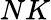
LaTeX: NK